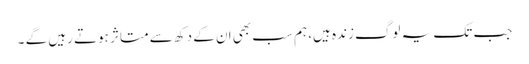
جب تک یہ لوگ زندہ ہیں، ہم سب بھی ان کے دکھ سے متاثر ہوتے رہیں گے ۔